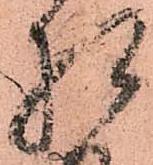
相